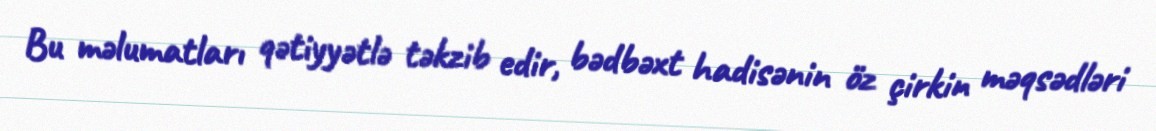
Bu məlumatları qətiyyətlə təkzib edir, bədbəxt hadisənin öz çirkin məqsədləri